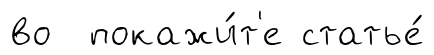
во покажи́т'е статье́